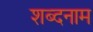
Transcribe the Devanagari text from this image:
शब्दनाम